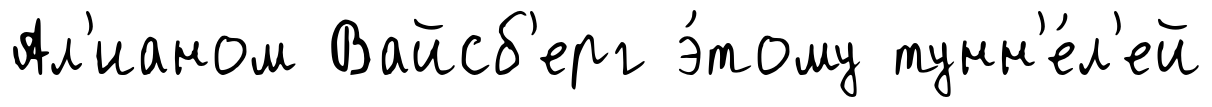
Ал'ианом Вайсб'ерг э́тому тунн'е́л'ей